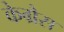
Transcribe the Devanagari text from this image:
केग्रैस